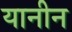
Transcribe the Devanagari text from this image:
यानीन